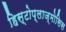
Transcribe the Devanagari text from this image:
हिस्टोप्लाज्मोसिस